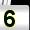
Digit: 5